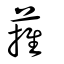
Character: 蓷